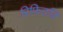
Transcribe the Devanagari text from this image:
रिफिउजि